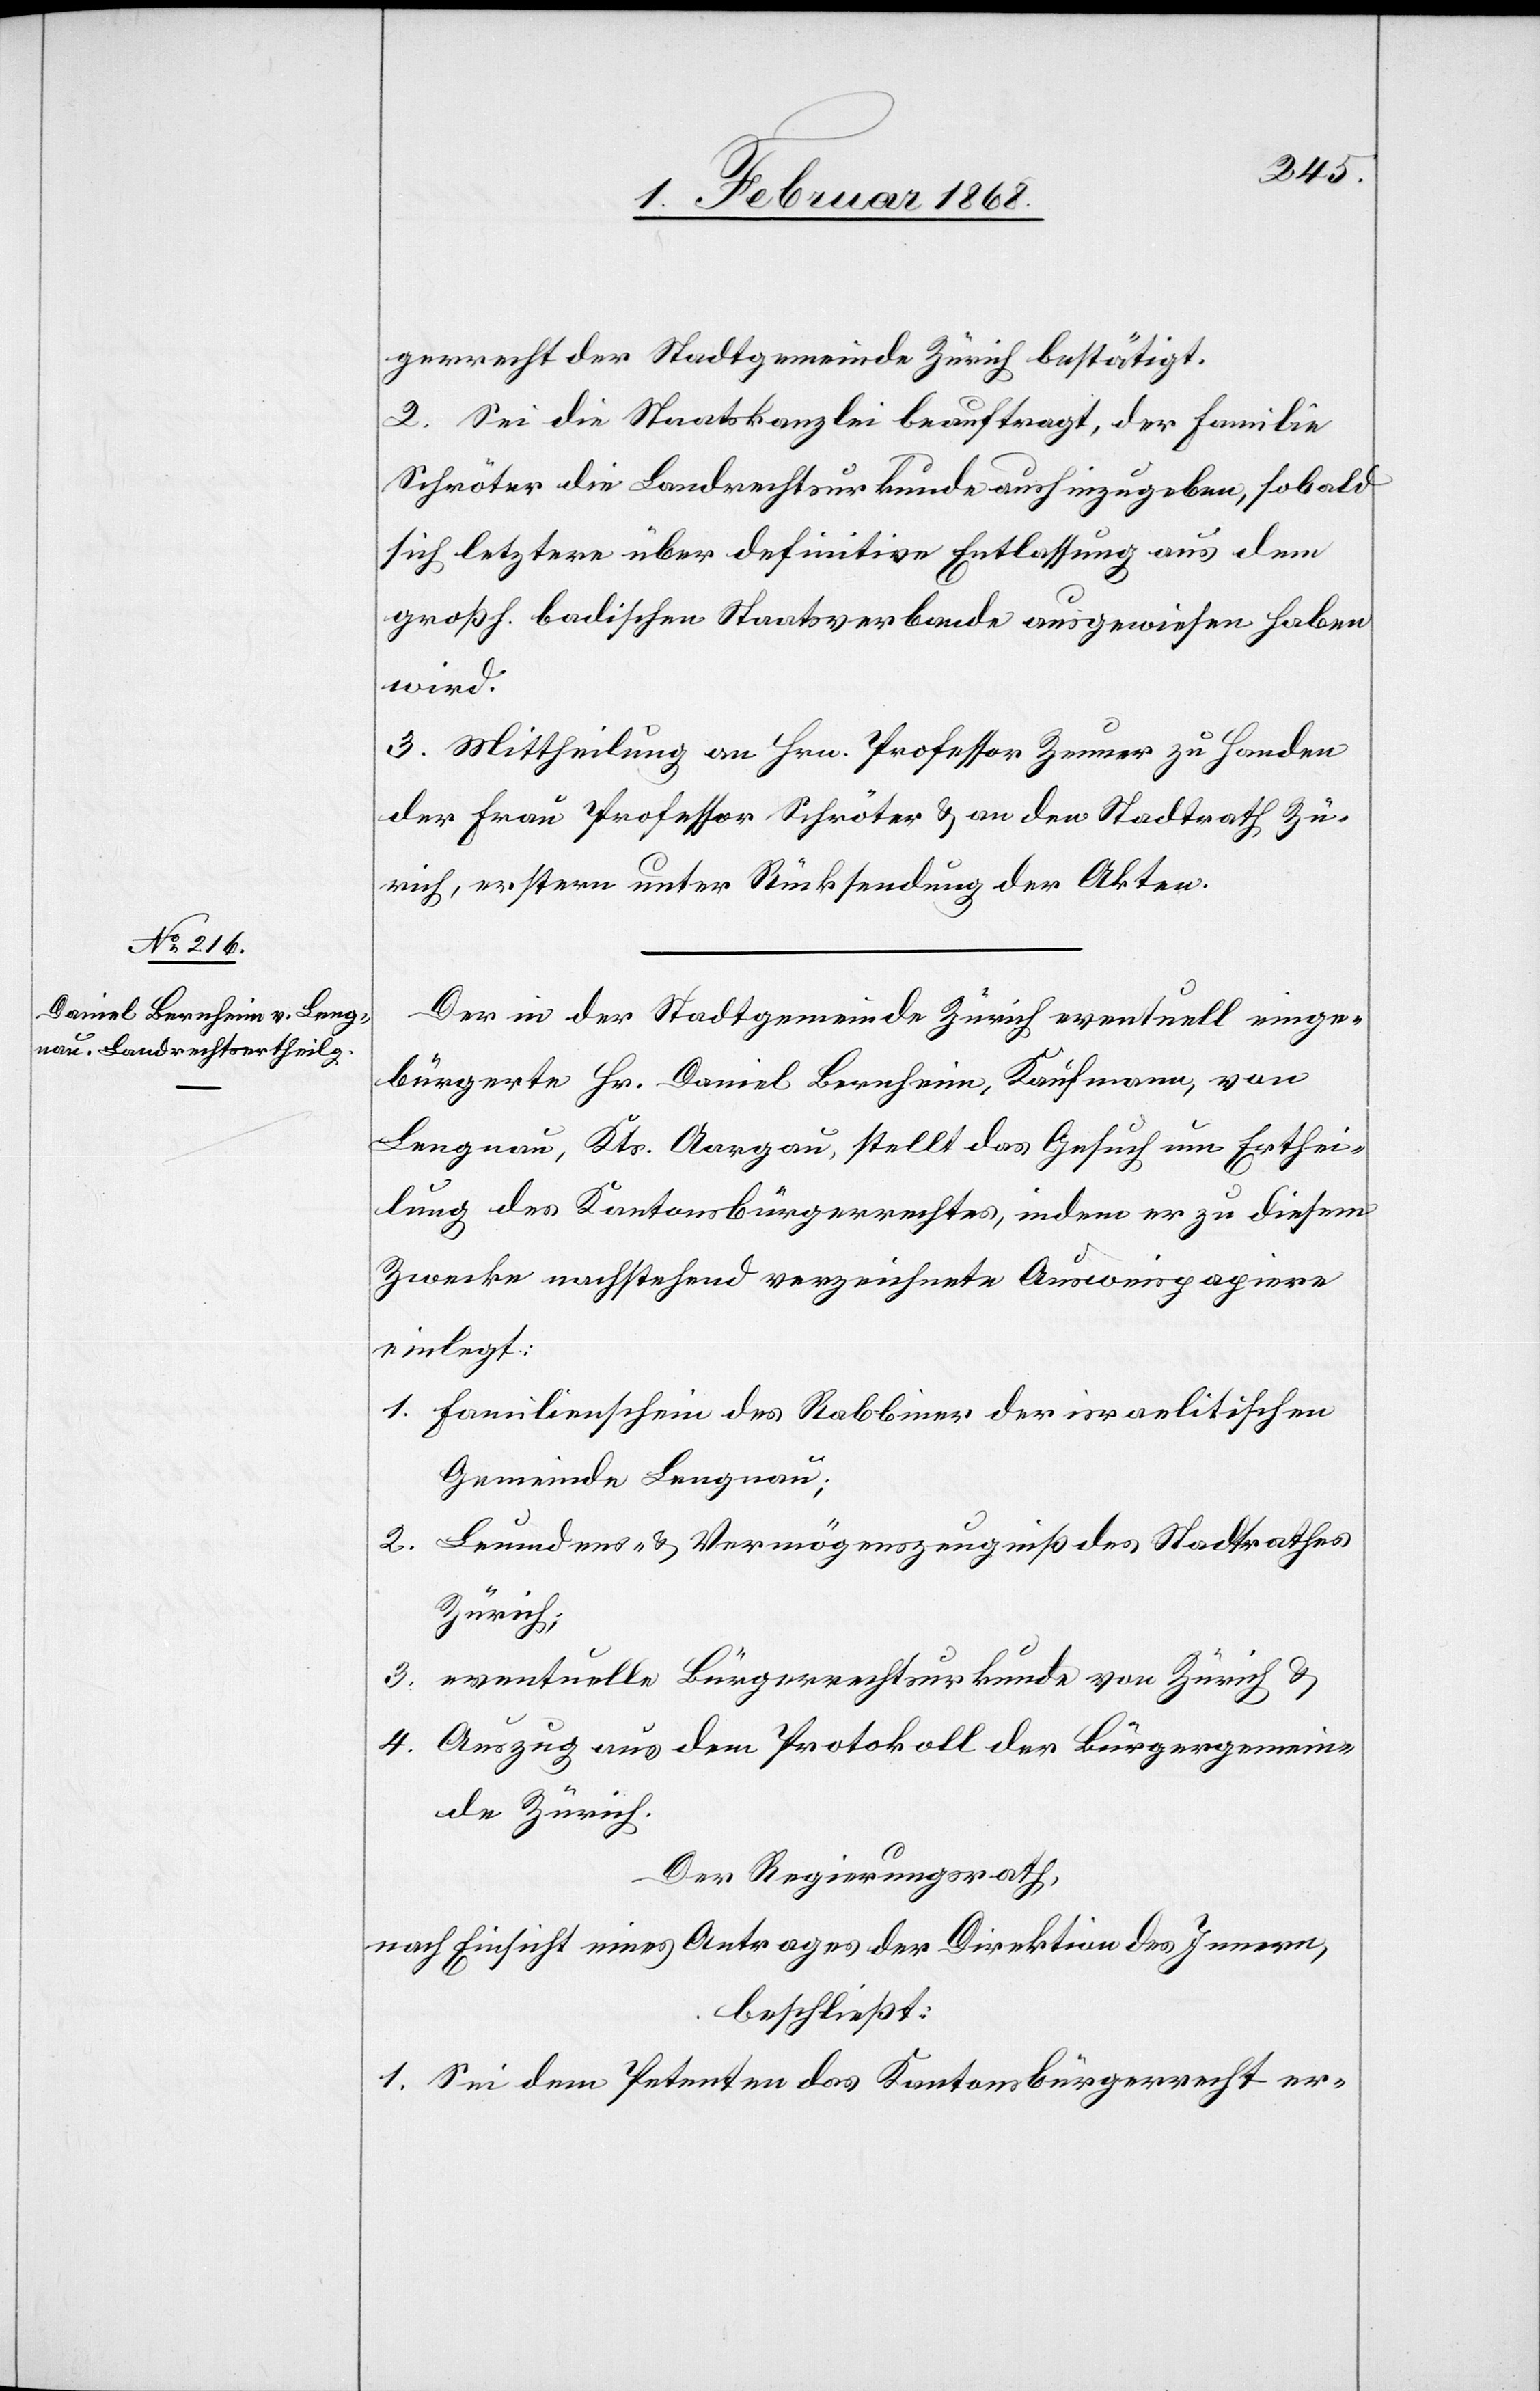
gerrecht der Stadtgemeinde Zürich bestätigt.
2. Sei die Staatskanzlei beauftragt, der Familie
Schröter die Landrechtsurkunde aushinzugeben, sobald
sich letztere über definitive Entlassung aus dem
großh. badischen Staatsverbande ausgewiesen haben
wird.
3. Mittheilung an Hrn. Professor Zeuner zu Handen
der Frau Profesor Schröter & an den Stadtrath Zü¬
rich, erstern unter Rücksendung der Akten.
Der in der Stadtgemeinde Zürich eventuell einge¬
bürgerte Hr. Daniel Bernheim, Kaufmann, von
Lengnau, Kts. Aargau, stellt das Gesuch um Erthei¬
lung des Kantonsbürgerrechtes, indem er zu diesem
Zwecke nachstehend verzeichnete Ausweispapiere
einlegt:
Familienschein des Rabbiner der israelitischen
Gemeinde Lengnau;
Leumdens- & Vermögenszeugniß des Stadtrathes
Zürich;
eventuelle Bürgerrechtsurkunde von Zürich &
Auszug aus dem Protokoll der Bürgergemein¬
de Zürich.
Der Regierungsrath,
nach Einsicht eines Antrages der Direktion des Innern,
beschließt:
1. Sei dem Petenten das Kantonsbürgerrecht er-